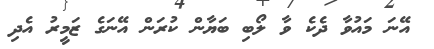
އޭނަ މައުވާ ދެކެ ވާ ލޯބި ބަޔާން ކުރަން އޭނަގެ ޒަމީރު އެދި